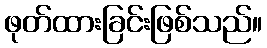
ဖုတ်ထားခြင်းဖြစ်သည်။